Bombay plague: being a history of the progress of plague in the Bombay presidency from September 1896 to June 1899
Year: 1896
Disease focus: Plague
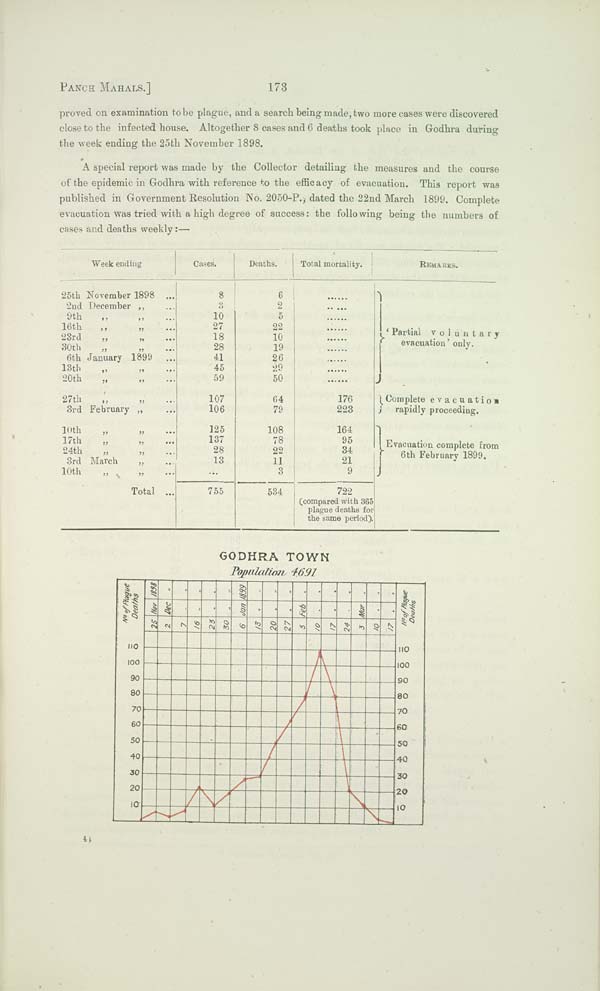
PANCH MAHALS.]
173
proved on examination tobe plague, and a search being made, two more cases were discovered
close to the infected house. Altogether 8 cases and 6 deaths took place in Godhra during
the week ending the 25th November 1898.
A special report was made by the Collector detailing the measures and the course
of the epidemic in Godhra with reference to the efficacy of evacuation. This report was
published in Government Resolution No. 2050-P., dated the 22nd March 1899. Complete
evacuation was tried with a high degree of success: the following being the numbers of
cases and deaths weekly:—
Week ending
25th November
1898
2nd December "
9th " "
16th
"
"
23rd " "
30th
"
"
6th January
1899
13th " "
20th " "
27th
"
"
3rd February "
10th
"
"
17th
"
"
24th
"
"
3rd March
"
10th
"
"
Total
Cases.
8
3
10
27
18
28
41
45
59
107
106
125
137
28
13
755
Deaths.
6
2
5
22
10
19
26
29
50
64
79
108
78
22
11
3
534
Total mortality.
176
223
164
95
34
21
9
722
(compared with 365
plague deaths for
the same period).
reMARKS.
'Partial
voluntary
evacuation' only.
Complete
evacuation
rapidly
proceeding.
Evacuation complete from
6th
February 1899.
GODHRA TOWN
Population 4,691
44